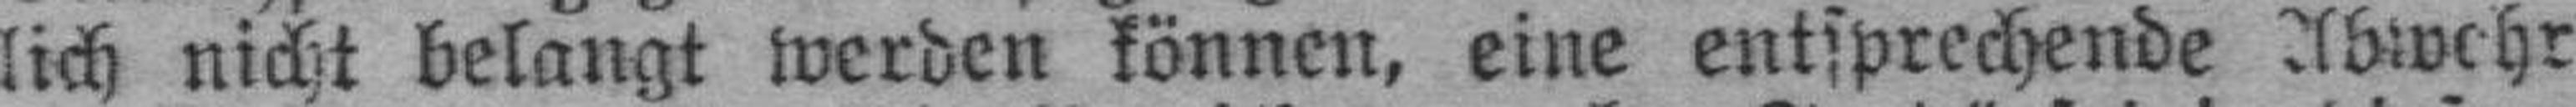
lich nicht belangt werden können, eine entsprechende Abwehr